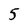
Character: 5